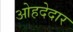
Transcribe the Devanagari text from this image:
ओहदेदार